Scottish Leaving Certificate Examination, 1951
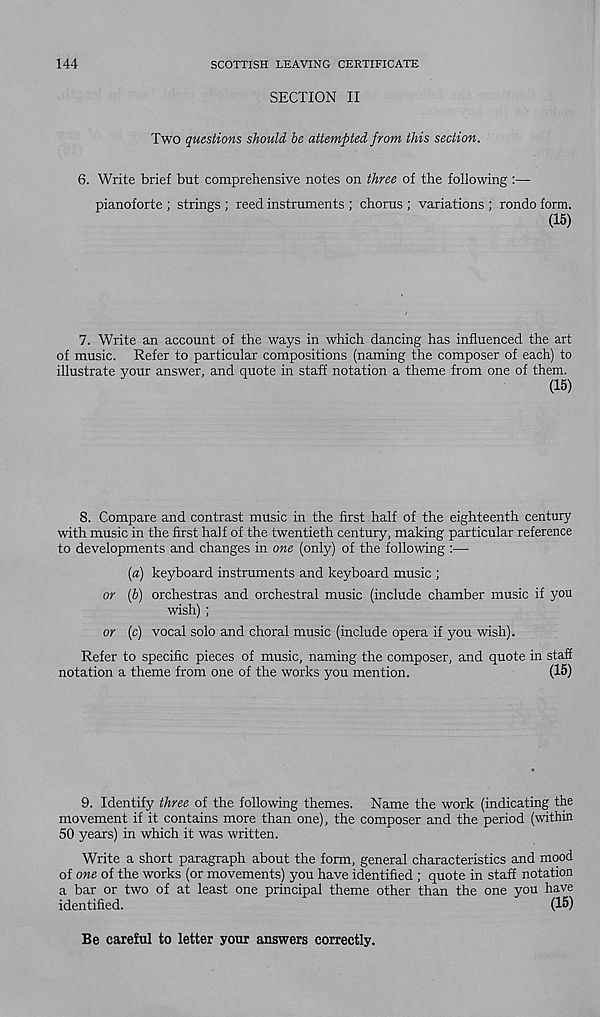
144
SCOTTISH LEAVING CERTIFICATE
SECTION II
Two questions should be attempted from this section.
6. Write brief but comprehensive notes on three of the following:—
pianoforte ; strings ; reed instruments ; chorus ; variations ; rondo form.
(15)
7. Write an account of the ways in which dancing has influenced the art
of music. Refer to particular compositions (naming the composer of each) to
illustrate your answer, and quote in staff notation a theme from one of them.
(15)
8. Compare and contrast music in the first half of the eighteenth century
with music in the first half of the twentieth century, making particular reference
to developments and changes in one (only) of the following :—
(a) keyboard instruments and keyboard music ;
or (b) orchestras and orchestral music (include chamber music if you
wish) ;
or (c) vocal solo and choral music (include opera if you wish).
Refer to specific pieces of music, naming the composer, and quote in staff
notation a theme from one of the works you mention.
(15)
9. Identify three of the following themes. Name the work (indicating the
movement if it contains more than one), the composer and the period (within
50 years) in which it was written.
Write a short paragraph about the form, general characteristics and mood
of one of the works (or movements) you have identified ; quote in staff notation
a bar or two of at least one principal theme other than the one you have
identified.
(15)
Be careful to letter your answers correctly.